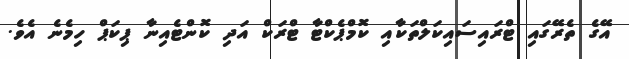
އޭގެ ތެރޭގައި ޓްރައިސައިކަލްތަކާއި ކޮމްޕެކްޓާ ޓްރަކް އަދި ކޮންޓެއިނާ ޕިކަޕް ހިމެނެ އެވެ.